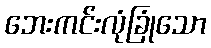
ဘေးကင်းလုံခြုံသော